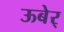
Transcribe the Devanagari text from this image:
ऊबेर्